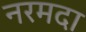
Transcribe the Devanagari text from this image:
नरमदा